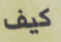
كيف